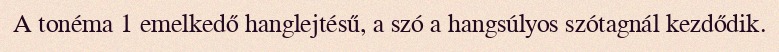
A tonéma 1 emelkedő hanglejtésű, a szó a hangsúlyos szótagnál kezdődik.